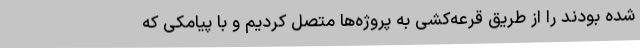
شده بودند را از طریق قرعه‌کشی به پروژه‌ها متصل کردیم و با پیامکی که